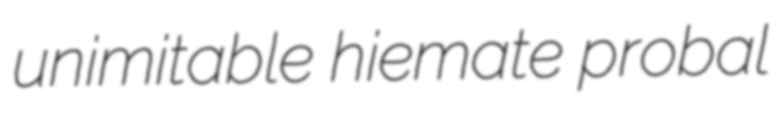
unimitable hiemate probal